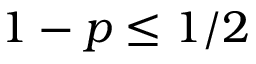
1 - p \leq 1 / 2